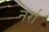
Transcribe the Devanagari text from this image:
नर्रा